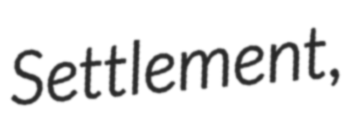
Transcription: Settlement,